Lunatic asylums Madras 1892-1911 - 1892-1911
Year: 1892
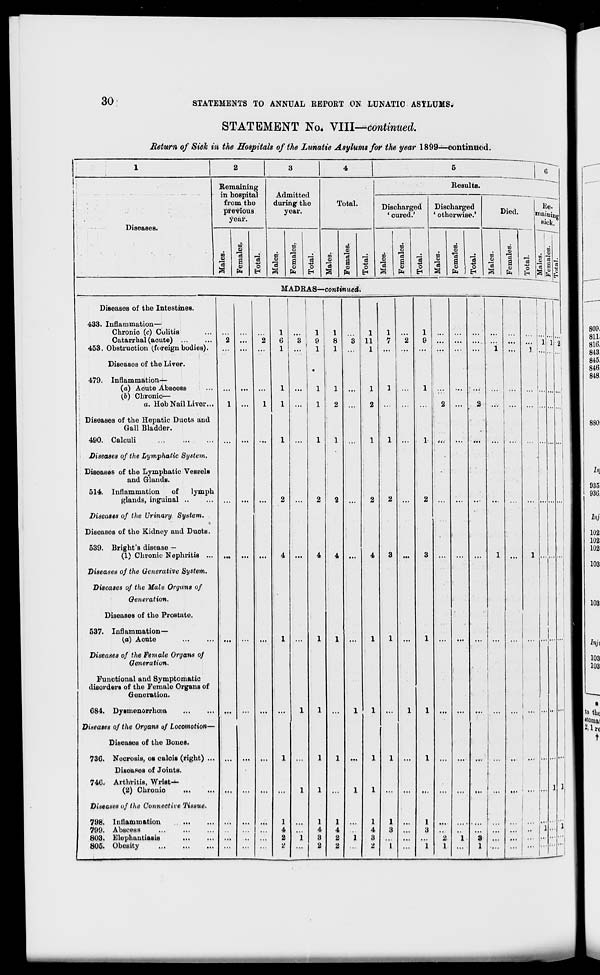
30
STATEMENTS TO ANNUAL REPORT ON LUNATIC ASYLUMS.
STATEMENT No, VIII—continued.
Return of Sick in the Hospitals of the Lunatic Asylums for the year 1899—continued.
4
Diseases.
Remaining
Results.
in hospital
from the
previous
year.
Admitted
during the
year.
rotal.
Discharged
' cured.'
Discharged
' otherwise.'
Died.
lie.
sick.
09
,2
3
w
3
73
a
o>
4
o
to
S
73
a
o5
"3
a 73
o
EH
m
O
73
3
m
s
a 73
o
E-i
06
s
73
CO
s
73
a
0)
In
73
o
EH
to
03
73
8
73
a s
3
( P
1 H
DO*
73
03
a
O)
fa
73
o
EH
. ! o
8 71
73! 9 "5
1
~
Diseases of the Intestines.
433. Inflammation—
Chronic (c) Colitis
Catarrhal (acute) ...
453, Obstruction (foreign bodies).
Diseases of the Liver.
479. Inflammation—
(a) Adute Abscess
(6) Chronic—
a. Hob Nail Liver...
Diseases of the Hepatic Ducts and
Gall Bladder.
490. Calculi
Diseases of the Lymphatic System.
Diseases of the Lymphatic Veseels
and Glands.
514. Inflammation
of
lymph
glands, inguinal ..
Diseases of the Urinary System.
Diseases of the Kidney and Duots.
539. Bright's disease —
(1) Chronic Nephritis ...
Diseases of the Generative System.
Diseases of the Male Organs of
Generation.
Diseases of the Prostate.
537. Inflammation—
(a) Acute
Diseases of the Female Organs of
Generation.
Functional and Symptomatic
disorders of the Female Organs of
Generation.
684. DyBmenorrhoea
Diseases of the Organs of Locomotion—
Diseases of the Bones.
730. Necrosis, OB calois (fight) ...
DisoaseB of Joints.
740. Arthritis, Wrist—
(2) Chronio
Diseases of the Connective Tissue.
798. Inflammation
799. Abscess
...
803. Elephuntiasis
805. Obesity
MADRAS—continued.
4
4
1
11
1
1
3
2
1
1
8
l